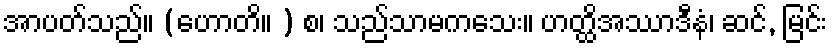
အာပတ်သည်။ (ဟောတိ။ ) စ၊ သည်သာမကသေး။ ဟတ္ထိအဿာဒီနံ၊ ဆင်, မြင်း